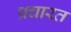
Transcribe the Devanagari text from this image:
प्रचारत